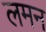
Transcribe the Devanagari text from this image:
लमन